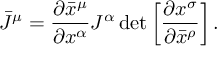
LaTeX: { \bar { J } } ^ { \mu } = { \frac { \partial { \bar { x } } ^ { \mu } } { \partial x ^ { \alpha } } } J ^ { \alpha } \operatorname* { d e t } \left[ { \frac { \partial x ^ { \sigma } } { \partial { \bar { x } } ^ { \rho } } } \right] .